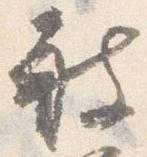
被